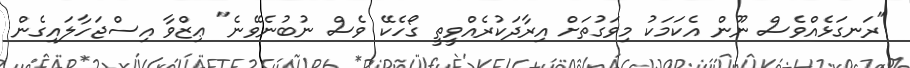
"ރަނގަޅެއްވެސް ނޫން އެކަމަކު މިވަގުތަށް އިރާދަކުރެއްވީތީ ގޯހެކޭ ވެސް ނުބުނެވޭނެ" ޢިޒްވާ އިސްޖަހާލައިގެން